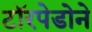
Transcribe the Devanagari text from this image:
टॉरपेडोने